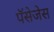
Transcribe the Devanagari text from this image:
पॅसेजेस